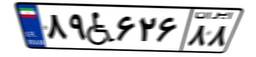
۸۹W۶۲۶۸۸